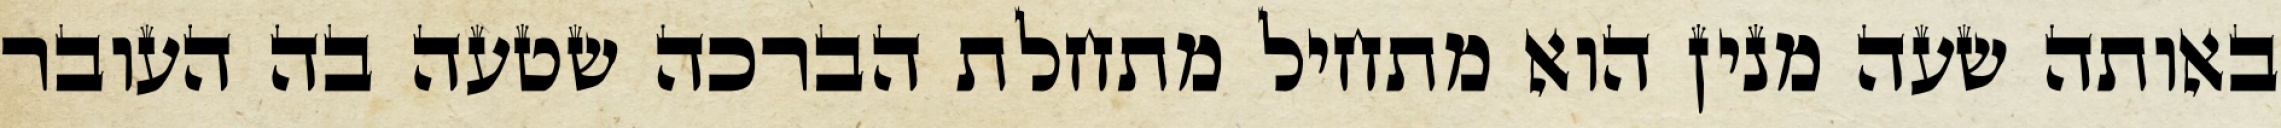
באותה שעה מנין הוא מתחיל מתחלת הברכה שטעה בה העובר